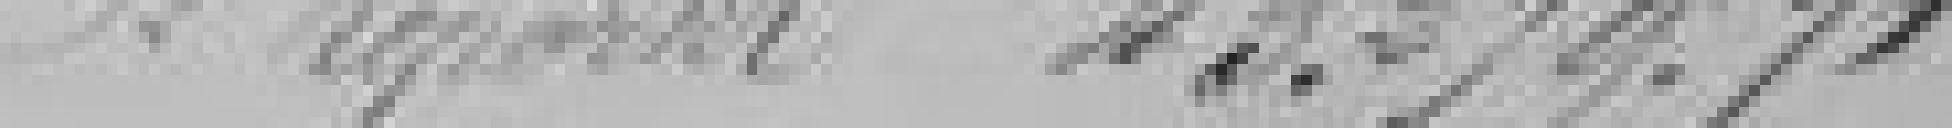
A reporter 43279,71